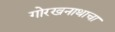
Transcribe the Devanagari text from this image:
गोरखनाथाचा